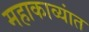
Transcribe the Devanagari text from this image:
महाकाव्यांत